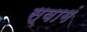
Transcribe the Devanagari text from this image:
स्वागं